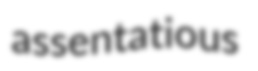
assentatious